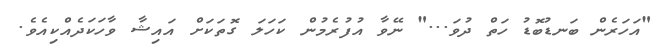
"އަހަރެން ބަނޑުބޮޑު ހަތް ދުވަ..." ނޭވާ އުފުރެމުން ކަހަލަ ގޮތަކަށް އައިޝާ ވާހަކަދެއްކިއެވެ.